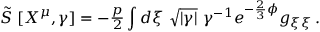
\tilde { S } \ [ X ^ { \mu } , \gamma ] = - { \textstyle \frac { p } { 2 } } \int d \xi \ \sqrt { | \gamma | } \ \gamma ^ { - 1 } e ^ { - \frac { 2 } { 3 } \phi } g _ { \xi \xi } \, .